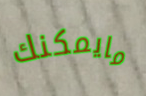
مايمكنك